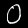
Digit: 0